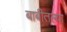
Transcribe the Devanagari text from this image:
बाबीतल्या